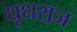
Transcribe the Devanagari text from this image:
घृधराज